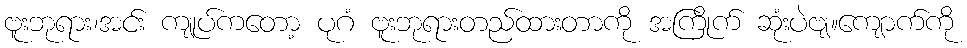
ဗူးဘုရား၊အင်း ကျုပ်ကတော့ ပုဂံ ဗူးဘုရားတည်ထားတာကို အကြိုက် ဆုံးပဲဗျ။ကျောက်ကို